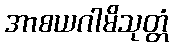
အာစယဂါမိသုတ္တံ